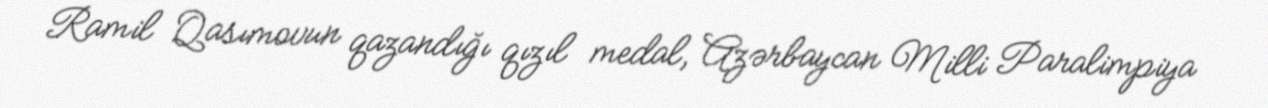
Ramil Qasımovun qazandığı qızıl medal, Azərbaycan Milli Paralimpiya